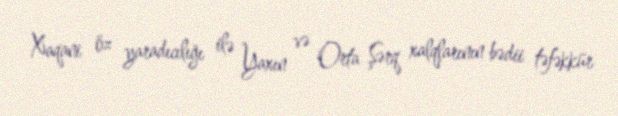
Xaqani öz yaradıcılığı ilə Yaxın və Orta Şərq xalqlarının bədii təfəkkür